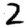
Digit: 2